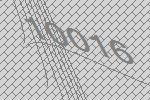
10016